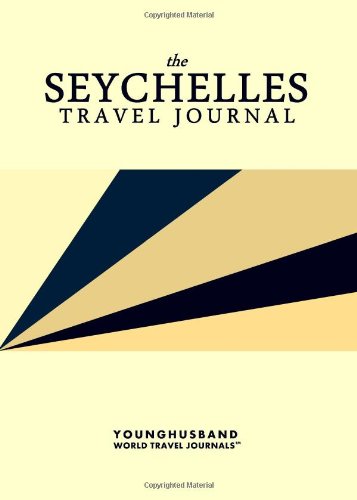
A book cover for The Seychelles Travel Journal; Younghusband World Travel Journals; Travel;